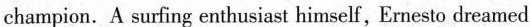
champion_. A surfing eathusiast himself, Ernesto dreamed